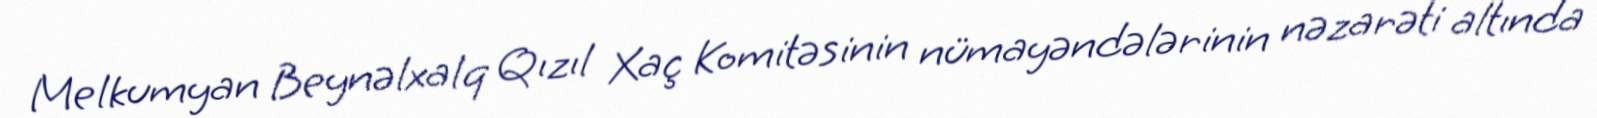
Melkumyan Beynəlxalq Qızıl Xaç Komitəsinin nümayəndələrinin nəzarəti altında